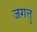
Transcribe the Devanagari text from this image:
जगत्तु